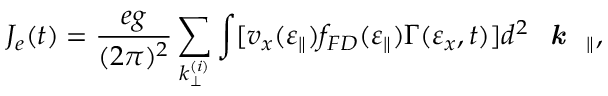
J _ { e } ( t ) = \frac { e g } { ( 2 \pi ) ^ { 2 } } \sum _ { k _ { \perp } ^ { ( i ) } } \int [ v _ { x } ( \varepsilon _ { \parallel } ) f _ { F D } ( \varepsilon _ { \parallel } ) \Gamma ( \varepsilon _ { x } , t ) ] d ^ { 2 } \emph { \textbf { k } } _ { \parallel } ,